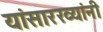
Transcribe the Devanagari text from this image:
यांसारख्यांनी